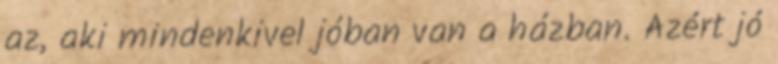
az, aki mindenkivel jóban van a házban. Azért jó